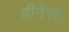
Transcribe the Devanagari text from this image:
ग्रीनेस्ट